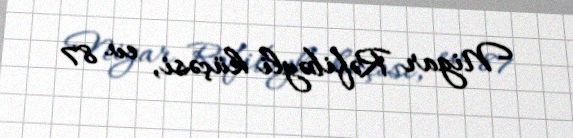
Nigar Rəfibəyli küçəsi, ev 87